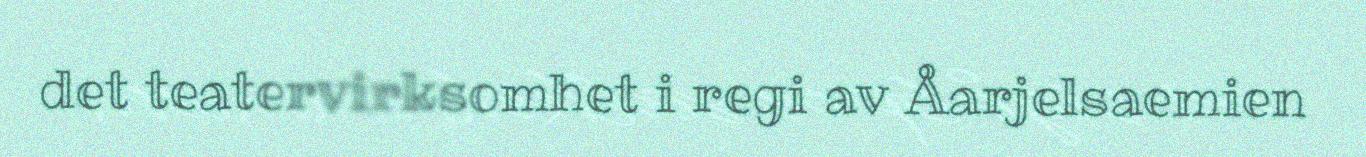
det teatervirksomhet i regi av Åarjelsaemien